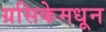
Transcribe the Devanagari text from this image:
ग्रसिकेमधून